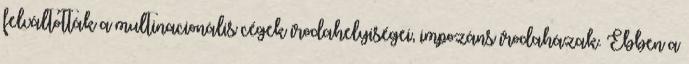
felváltották a multinacionális cégek irodahelyiségei, impozáns irodaházak. Ebben a